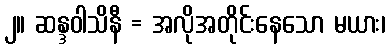
၂။ ဆန္ဒဝါသိနီ = အလိုအတိုင်းနေသော မယား၊